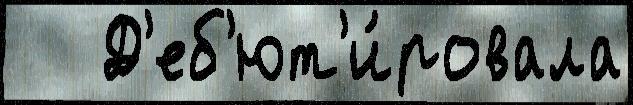
   Д'еб'ют'и́ровала